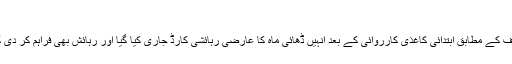
“
عارف کے مطابق ابتدائی کاغذی کارروائی کے بعد انہیں ڈھائی ماہ کا عارضی رہائشی کارڈ جاری کیا گیا اور رہائش بھی فراہم کر دی گئی۔